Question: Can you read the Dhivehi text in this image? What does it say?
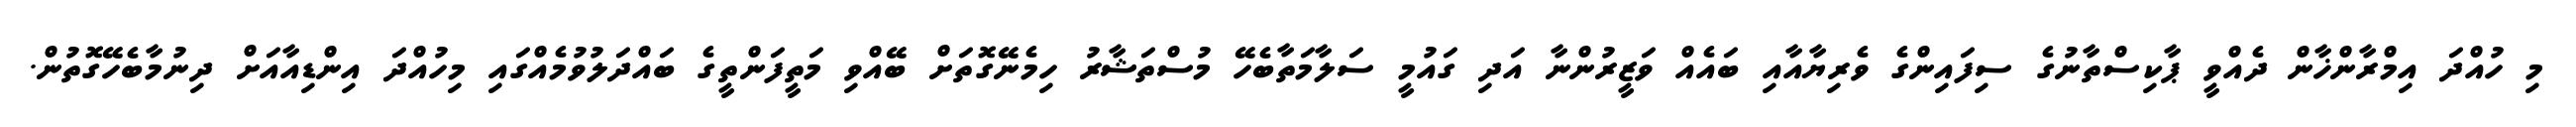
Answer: މި ހުއްދަ އިމްރާންޚާން ދެއްވީ ޕާކިސްތާނުގެ ސިފައިންގެ ވެރިޔާއާއި ބައެއް ވަޒީރުންނާ އަދި ގައުމީ ސަލާމަތާބެހޭ މުސްތަޝާރު ހިމެނޭގޮތަށް ބޭއްވި މަތީފަންތީގެ ބައްދަލުވުމެއްގައި މިހުއްދަ އިންޑިއާއަށް ދިނުމާބެހޭގޮތުން.